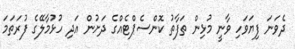
ދެވަނަ ފިޔަވަހި ވާނީ މުޅިން ތަފާތު ކޮންސެޕްޓެއްގެ ދަށުން އަދި ހުޅުމާލޭގެ ފުރަތަމަ